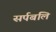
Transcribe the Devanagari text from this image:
सर्पबलि